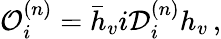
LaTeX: \mathcal O_{i}^{(n)}=\bar{h}_{v}i\mathcal D_{i}^{(n)}h_{v}\, ,